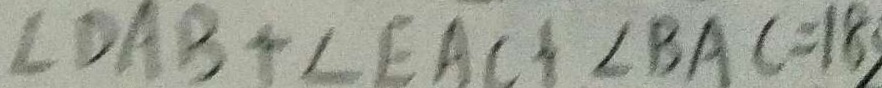
\angle D A B + \angle E A C + \angle B A C = 1 8 0 ^ { \circ }